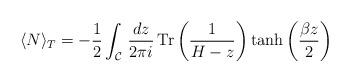
LaTeX: \begin{align*}\langle N\rangle _T=-\frac{1}{2}\int _{\mathcal{C}}\, \frac{dz}{2 \pi i} \, \textrm{Tr} \left(\frac{1}{H-z}\right) \tanh \left(\frac{\beta z}{2}\right)\end{align*}